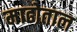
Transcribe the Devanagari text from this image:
माढोताल